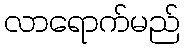
လာရောက်မည်